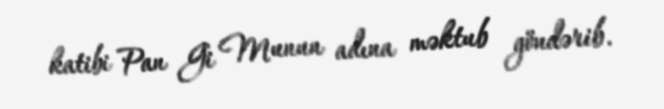
katibi Pan Gi Munun adına məktub göndərib.